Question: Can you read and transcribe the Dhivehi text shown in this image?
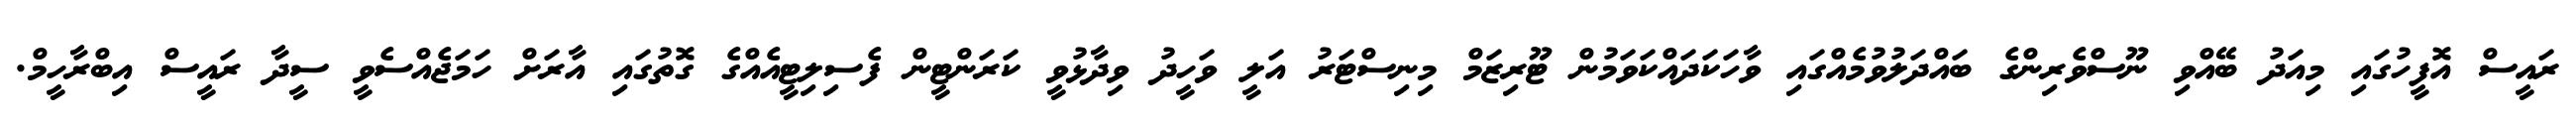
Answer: ރައީސް އޮފީހުގައި މިއަދު ބޭއްވި ނޫސްވެރިންގެ ބައްދަލުވުމެއްގައި ވާހަކަދައްކަވަމުން ޓޫރިޒަމް މިނިސްޓަރު އަލީ ވަހީދު ވިދާޅުވީ ކަރަންޓީން ފެސިލިޓީއެއްގެ ގޮތުގައި އާރަށް ހަމަޖެއްސެވީ ސީދާ ރައީސް އިބްރާހީމް.